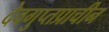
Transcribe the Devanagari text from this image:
देवगुप्तप्राचीन